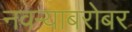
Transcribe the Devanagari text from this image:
नवर्‍याबरोबर